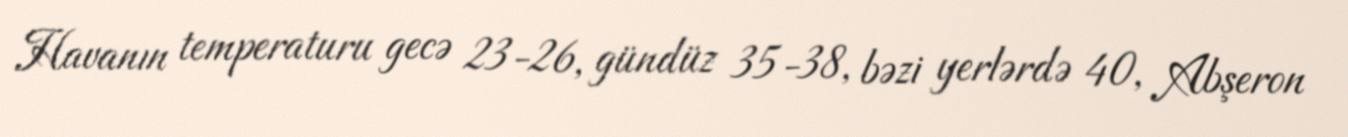
Havanın temperaturu gecə 23-26, gündüz 35-38, bəzi yerlərdə 40, Abşeron